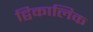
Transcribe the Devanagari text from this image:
द्विकालिक